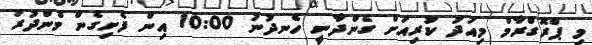
މި ޕްރޮގްރާމް މިއަދު ކުރިއަށް ގެންދާނީ ހެނދުނު 10:00 އިން ފެށިގެން މެންދުރު